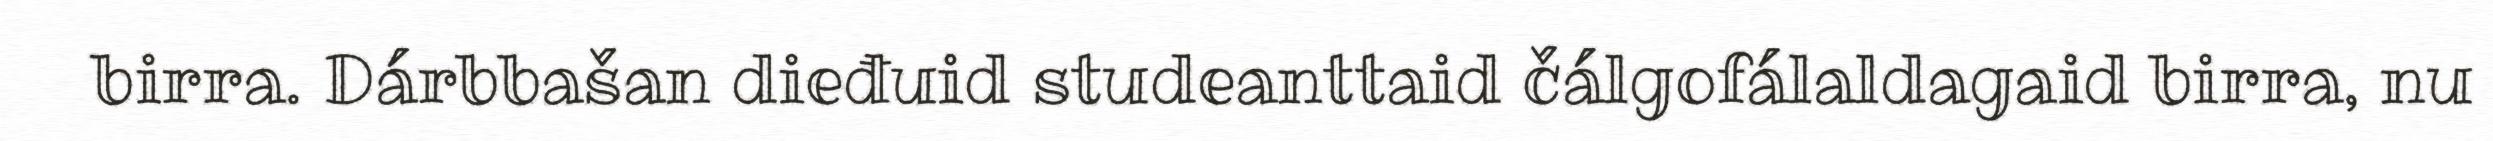
birra. Dárbbašan dieđuid studeanttaid čálgofálaldagaid birra, nu